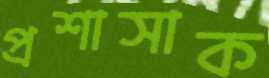
প্রশাসাক